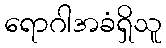
ရောဂါအခံရှိသူ